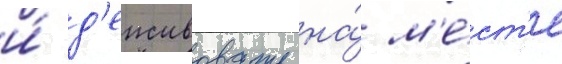
и́ д'еиствовать на́ м'е́ст'е